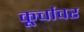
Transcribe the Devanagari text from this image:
कूर्चावर